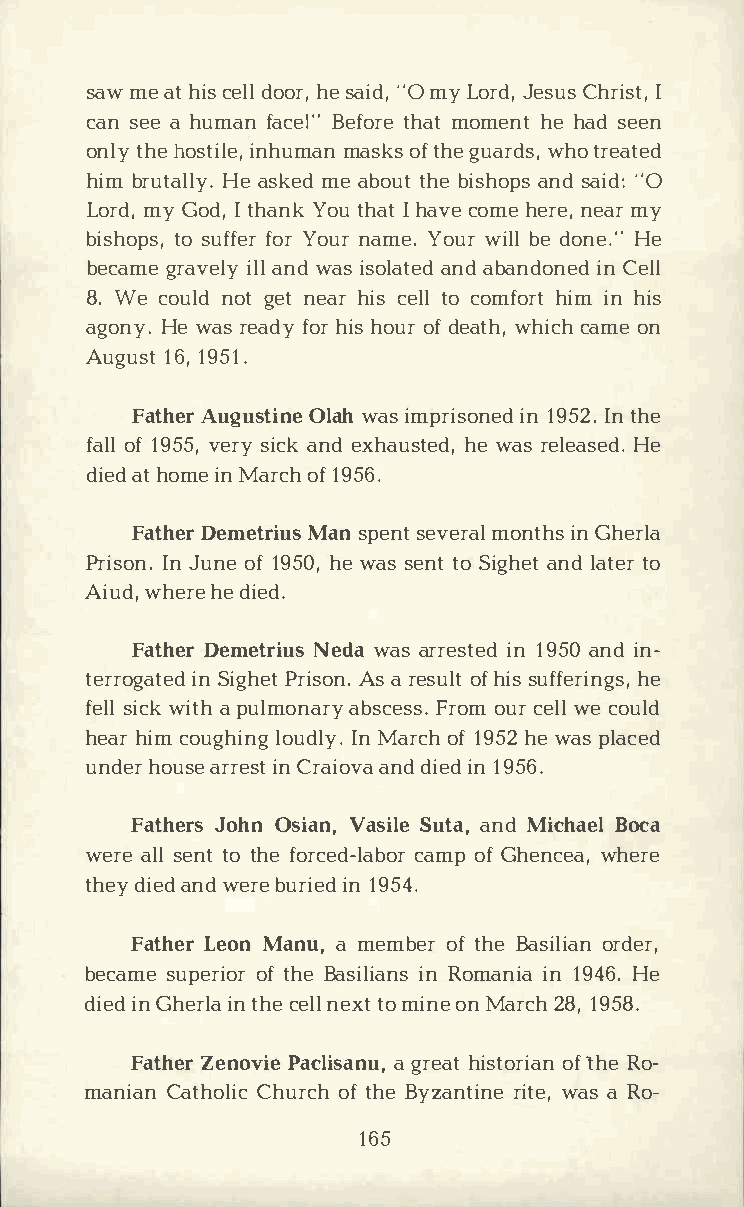
samwe a th icse dlolo hres, a i"dOm, y L orJde,s Cuhsr iIs t,
 casne aeh umafna cBee!f"ot rheam to mehneth asde en
 onltyhh eo stiinlheu,mm aanso kfts h geu arwdhsot, r eated
 hibmr utHaela lsyk.me eda botuhtbe i shaonpsdsa i"dO:
 Lormdy,G odIt, h aYnoktu h Iah ta vceo mhee rnee,am ry
 bishtoops su,ff foeYrro unra mYeo.u wri bleld oneH.e"
 becagmrea vielallny d iwsaosl aantadeb da ndionnC eedl l
 8.W ec ounlodgt e nte ahri cse tlolc omfhoirmit n h is
 agonHyew. a rse afdoyhr ih so uorfd eawthhi,cc ahm oen
 Augu1s61t,9 51.
 FathAeurg ustOilnaweha ism prision1n 9e5Id2nt . h e
 faolf1l 9 5v5e,rs yi cakne dx hauhsetw eadrs,e leaHsee d.
 dieadth omienM aroc1fh9 56.
 FathDeerm etrMiaunss p esnetv emroanlti hnGs h erla
 PrisIonJn u.no ef1 95h0ew, a sse nttoS igahneldta tteor
 Aiud,   hwedh ieerde.
 FathDeerm etrNieudswa a sa rreisnt1 e9d5a 0n idn ­
 terroignSa itgePhdre its Aosan r .e soufhl itss u ffehrei ngs,
 feslilwc ki taph u lmonaryF raobomsu ccree wlselsc .o uld
 heahri cmo ughlionugdI lnMy a.r cohf1 95h2ew apsl aced
 undheoru asrer ienCs rta iaonvddai eidn1 956.
 FathJeroshO ns iaVna,s iSluet aan, dMi chaBeolc a
 weraels le nttot hfeo rcedc-almaopbfG o hre ncwehae,r e
 thedyi eadnw de rbeu riine1 d9 54.
 FathLeero Mna nna,m emboefrt hBea siolridaenr ,
 becasmuep eorfit ohBrea siliinRa onmsa niin1a 9 4H6e.
 dieidnG herilnta hc ee nlelxt tom inoenM ar2c8h1, 9 58.
 FathZeern ovPiaec lisaga nrueh,ai ts toorf'i tRahone­
 maniCaant hCohluircoc fth h Bey zanrtiitwneae,sa R o-
 165